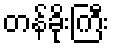
တန်ခိုးကြီး